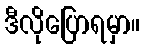
ဒီလိုပြောရမှာ။